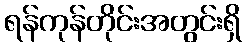
ရန်ကုန်တိုင်းအတွင်းရှိ